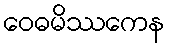
ဝေဓမိဿကေန